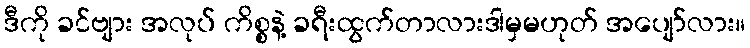
ဒီကို ခင်ဗျား အလုပ် ကိစ္စနဲ့ ခရီးထွက်တာလားဒါမှမဟုတ် အပျော်လား။